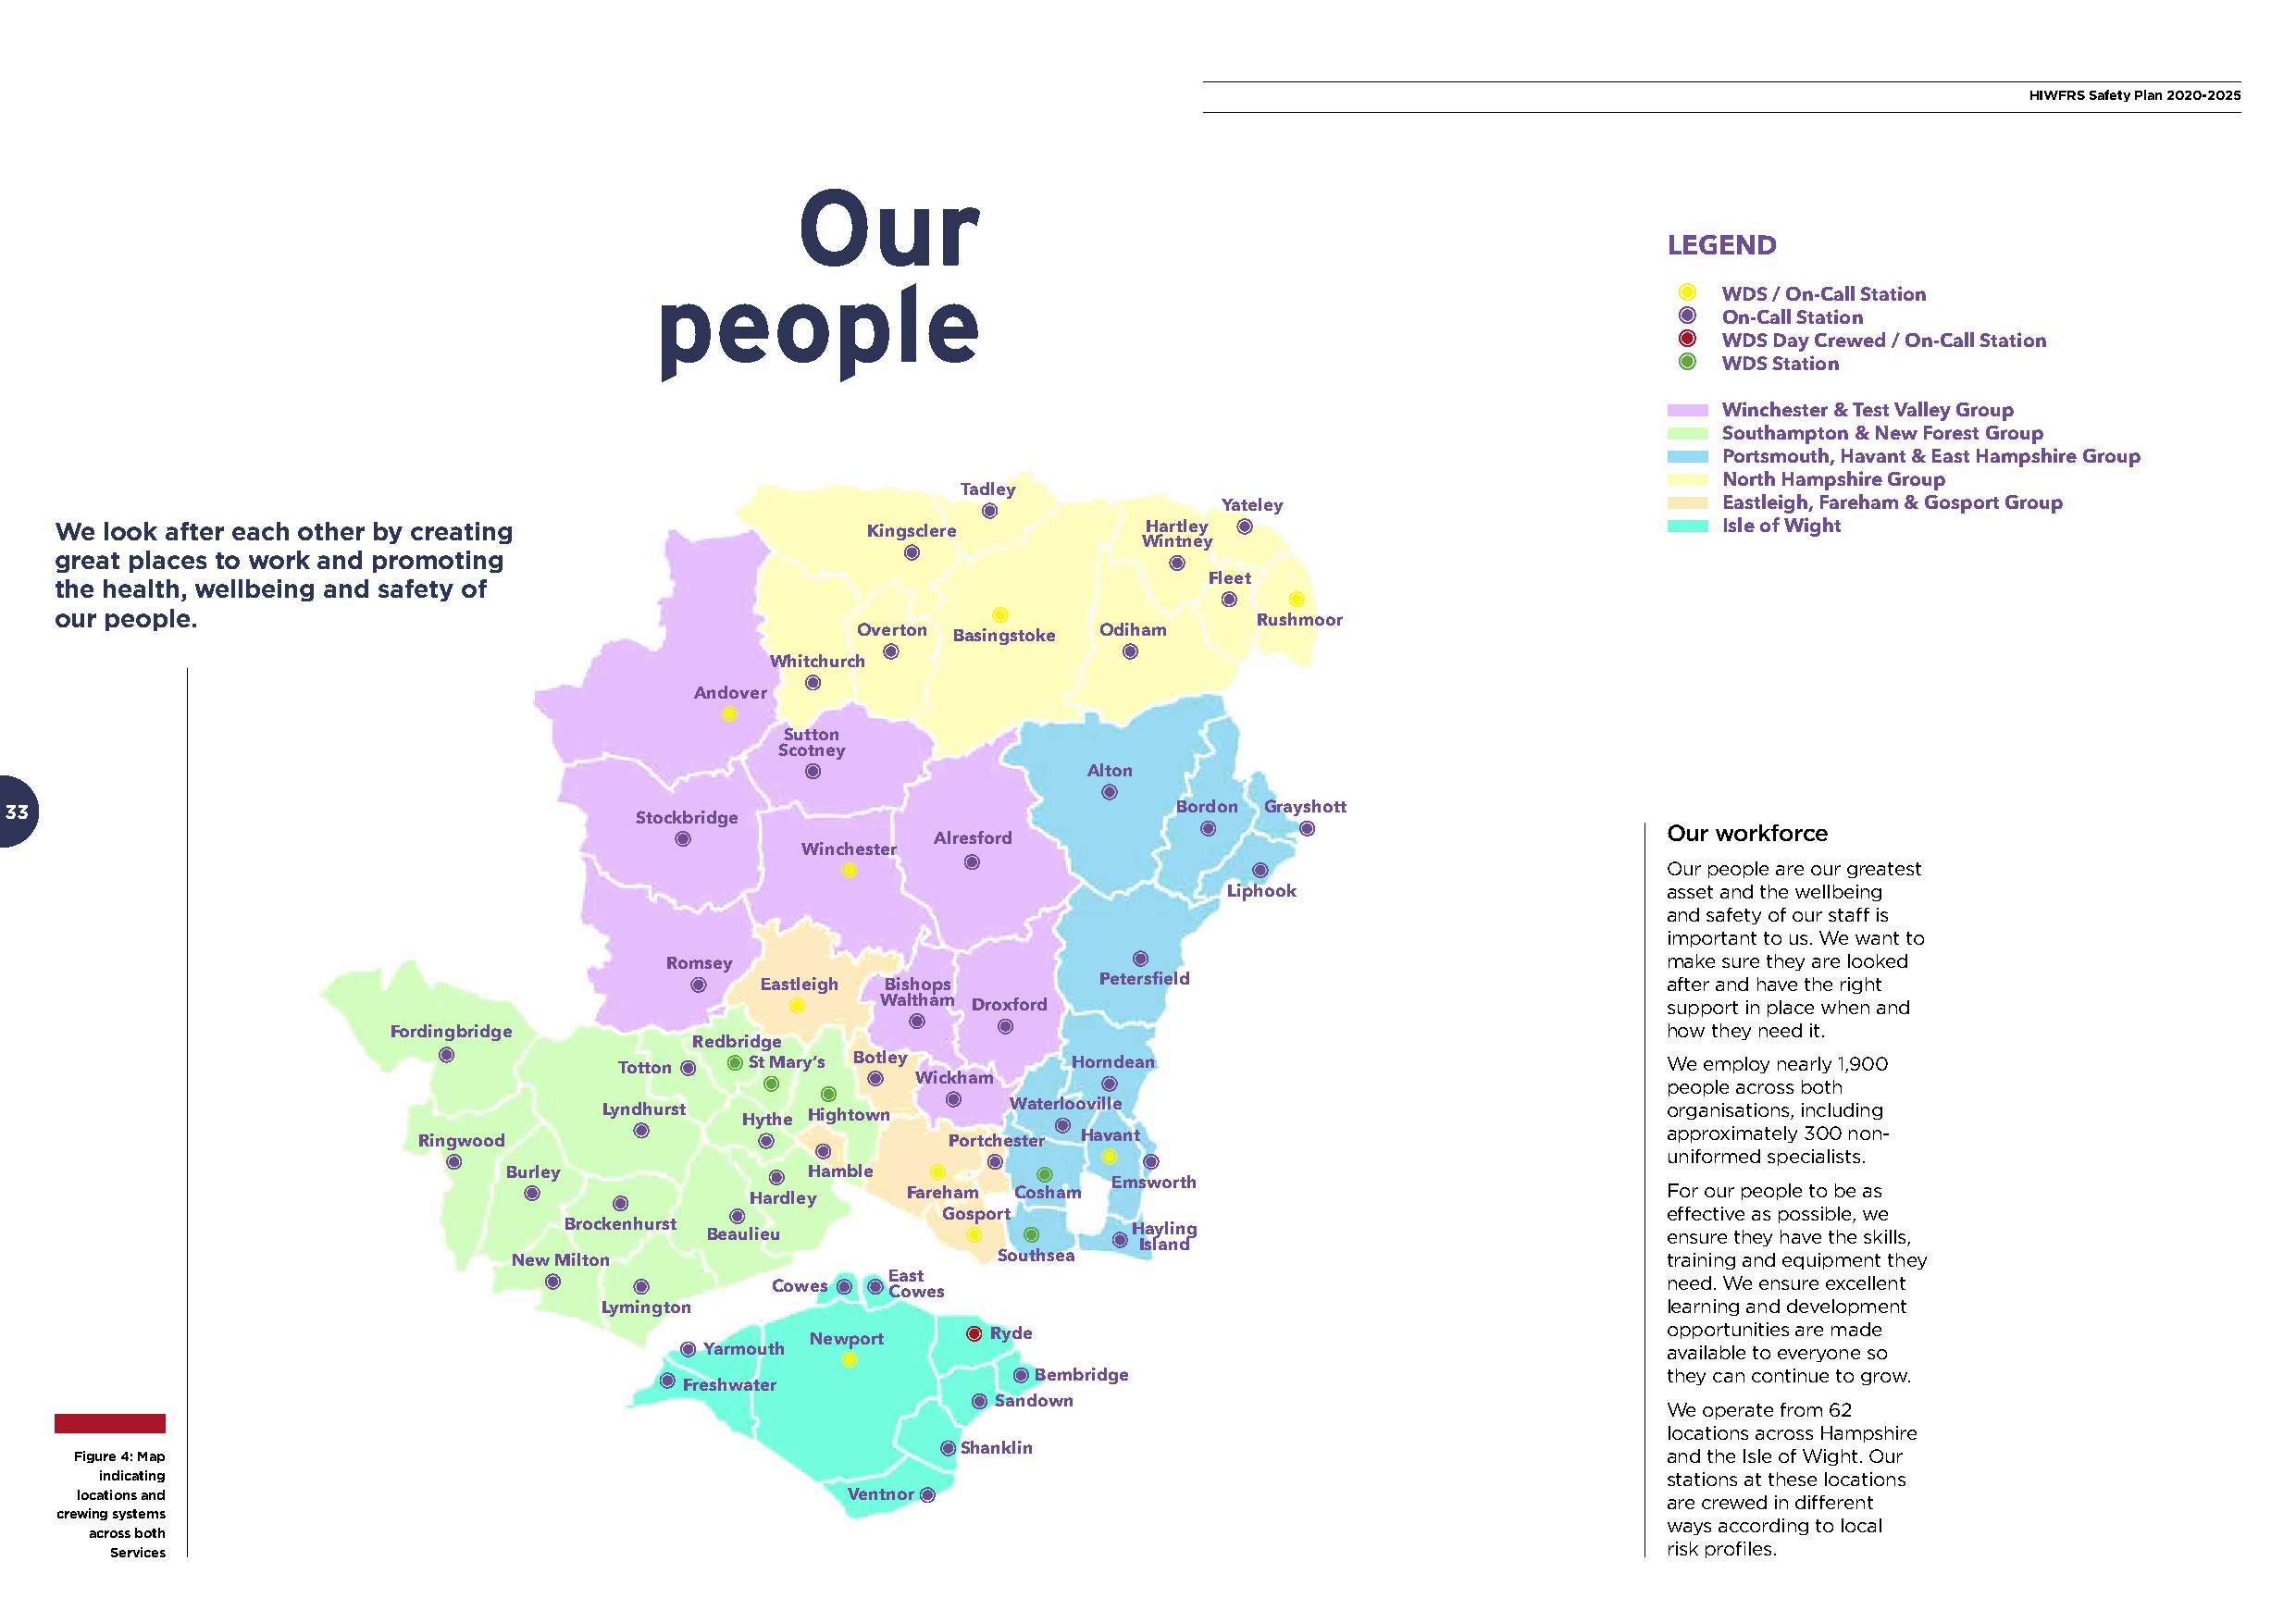
HIWFRS Safety Plan 2020-2025
 Our
 LEGEND
 people
 WDS / On-Call Station
 On-Call Station
 WDS Day Crewed / On-Call Station
 WDS Station
 Winchester & Test Valley Group
 Southampton & New Forest Group
 Portsmouth, Havant & East Hampshire Group
 North Hampshire Group
 Tadley
 Yateley                             Eastleigh, Fareham & Gosport Group
 We look after each other by creating                      Kingsclere          Hartley                                  Isle of Wight
 Wintney
 great places to work and promoting
 the health, wellbeing and safety of                                               Fleet
 our people.
 Rushmoor
 Overton Basingstoke Odiham
 Whitchurch
 Andover
 Sutton
 Scotney
 Alton
 33                                                                                  Bordon Grayshott
 Stockbridge
 Our workforce
 Alresford
 Winchester
 Our people are our greatest
 Liphook                        asset and the wellbeing
 and safety of our staff is
 important to us. We want to
 make sure they are looked
 Romsey
 Eastleigh Bishops        Petersfield                             after and have the right
 Waltham Droxford                                        support in place when and
 Fordingbridge                                                                              how they need it.
 Redbridge
 Totton    St Mary’s Botley       Horndean                                  We employ nearly 1,900
 Wickham                                               people across both
 Lyndhurst Hythe Hightown     Waterlooville                                  organisations, including
 approximately 300 non-
 Ringwood                              Portchester Havant
 uniformed specialists.
 Burley                Hamble
 Emsworth                               For our people to be as
 Hardley    Fareham Cosham
 Gosport                                             effective as possible, we
 Brockenhurst Beaulieu                    Hayling                               ensure they have the skills,
 Island
 New Milton                        Southsea                                        training and equipment they
 East                                                   need. We ensure excellent
 Cowes    Cowes
 Lymington                                                                   learning and development
 opportunities are made
 Newport      Ryde
 Yarmouth                                                             available to everyone so
 Bembridge                                    they can continue to grow.
 Freshwater
 Sandown                                         We operate from 62
 locations across Hampshire
 Figure 4: Map                                                   Shanklin                                          and the Isle of Wight. Our
 indicating                                                                                                      stations at these locations
 locations and                                           Ventnor                                                   are crewed in different
 crewing systems         LEGEND                                                                                     ways according to local
 across both
 risk profiles.
 Services
 WDS / On-Call Station
 On-Call Station
 WDS Day Crewed / On-Call Station
 WDS Station
 Winchester & Test Valley Group
 Southampton & New Forest Group
 Portsmouth, Havant & East Hampshire Group
 North Hampshire Group
 Eastleigh, Fareham & Gosport Group
 Isle of Wight